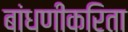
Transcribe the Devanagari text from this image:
बांधणीकरिता